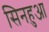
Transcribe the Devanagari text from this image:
सिनहुआ